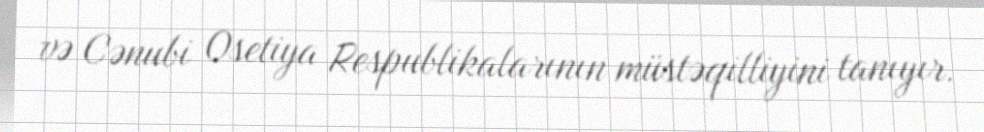
və Cənubi Osetiya Respublikalarının müstəqilliyini tanıyır.